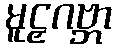
မူဠှဂဗ္ဘာ